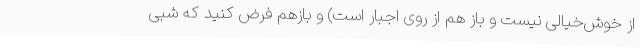
از خوش‌خیالی نیست و باز هم از روی اجبار است) و بازهم فرض کنید که شبی